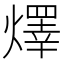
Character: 燡